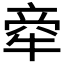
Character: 𤙺